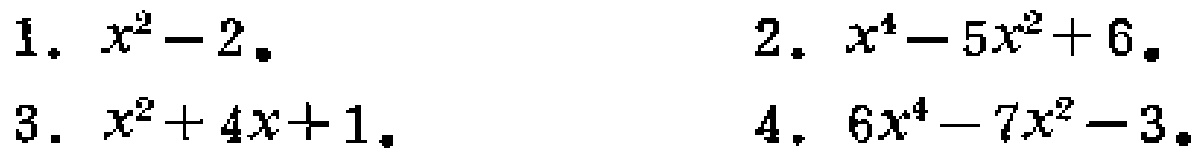
1. \(x^{2}-2\)。
2. \(x^{4}-5x^{2}+6\)。
3. \(x^{2}+4x + 1\)。
4. \(6x^{4}-7x^{2}-3\)。